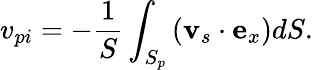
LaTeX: v_{pi}=-\frac{1}{S}\int_{S_{p}}\left(\mathbf{v}_{s}\cdot\mathbf{e}_{x}\right)dS.